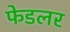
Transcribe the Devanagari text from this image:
फेडलर